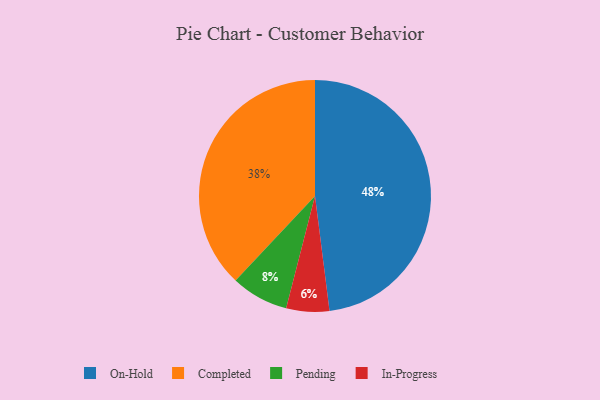
{"axis": {"x": "Category", "y": "Percentage"}, "legend": ["Completed", "In-Progress", "On-Hold", "Pending"], "data": [{"x": "Pending", "y": 8, "type": "Pending"}, {"x": "On-Hold", "y": 48, "type": "On-Hold"}, {"x": "In-Progress", "y": 6, "type": "In-Progress"}, {"x": "Completed", "y": 38, "type": "Completed"}]}